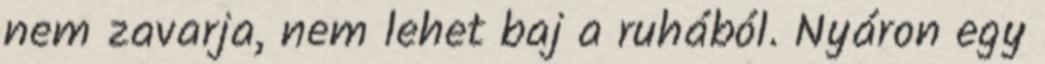
nem zavarja, nem lehet baj a ruhából. Nyáron egy